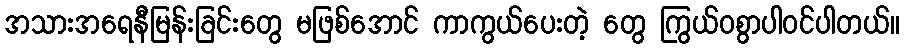
အသားအရေနီမြန်းခြင်းတွေ မဖြစ်အောင် ကာကွယ်ပေးတဲ့ တွေ ကြွယ်ဝစွာပါဝင်ပါတယ်။